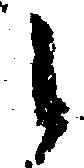
候